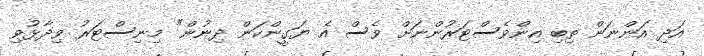
އަދި އަންނަން ތިބި އިންވެސްޓަރުންނަށް ވެސް އެ ޔަގީންކަން ދިނުން" މިނިސްޓަރު ވިދާޅުވި